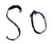
Text: S0